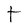
Character: t